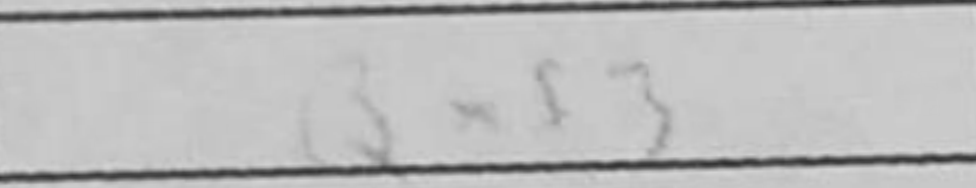
Transcription: Qxf3